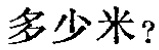
多少米？